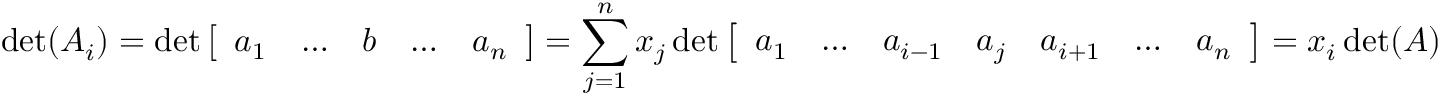
\operatorname* { d e t } ( A _ { i } ) = \operatorname* { d e t } { \left[ \begin{array} { l l l l l } { a _ { 1 } } & { \ldots } & { b } & { \ldots } & { a _ { n } } \end{array} \right] } = \sum _ { j = 1 } ^ { n } x _ { j } \operatorname* { d e t } { \left[ \begin{array} { l l l l l l l } { a _ { 1 } } & { \ldots } & { a _ { i - 1 } } & { a _ { j } } & { a _ { i + 1 } } & { \ldots } & { a _ { n } } \end{array} \right] } = x _ { i } \operatorname* { d e t } ( A )